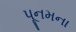
પૂનમના